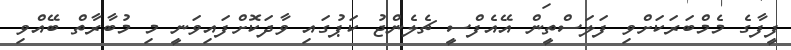
ފީފާގެ މެމްބަރަކަށްވި ފަލަސްތީން އޭއެފްސީ ޗެލެންޖު ކަޕުގައި ވާދަކޮށްފައިވަނީ މި މުބާރާތް ބޭއްވި